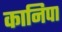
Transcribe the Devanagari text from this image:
कानिपा